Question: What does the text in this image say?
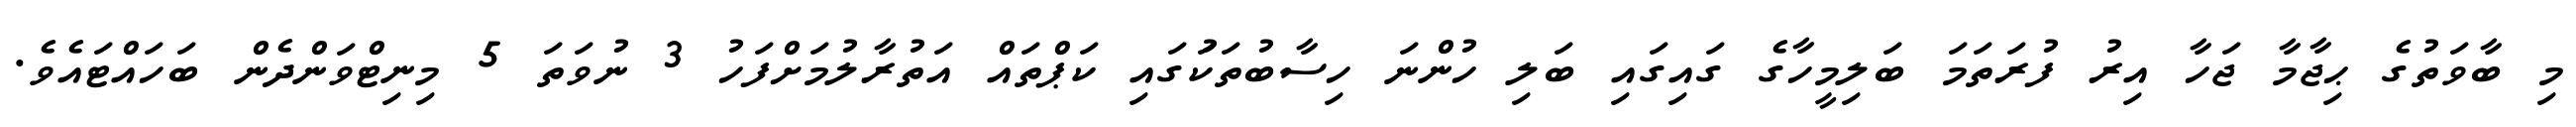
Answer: މި ބާވަތުގެ ޙިޖާމާ ޖަހާ އިރު ފުރަތަމަ ބަލިމީހާގެ ގައިގައި ބަލި ހުންނަ ހިސާބުތަކަުގައި ކަޕްތައް އަތުރާލުމަށްފަހު 3 ނުވަތަ 5 މިނިޓްވަންދެން ބަހައްޓައެވެ.